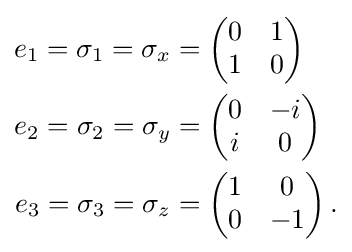
{\begin{aligned}e_{1}=\sigma _{1}=\sigma _{x}&={\begin{pmatrix}0&1\\1&0\end{pmatrix}}\\e_{2}=\sigma _{2}=\sigma _{y}&={\begin{pmatrix}0&-i\\i&0\end{pmatrix}}\\e_{3}=\sigma _{3}=\sigma _{z}&={\begin{pmatrix}1&0\\0&-1\end{pmatrix}}\,.\end{aligned}}